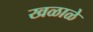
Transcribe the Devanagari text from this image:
खळाळे